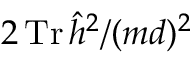
2 \operatorname { T r } \hat { h } ^ { 2 } / ( m d ) ^ { 2 }